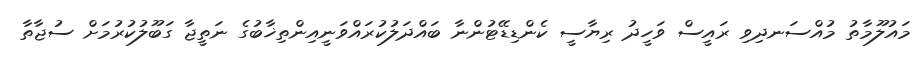
މައުލޫމާތު މުއްސަނދިވި ރައީސް ވަހީދު ރިޔާސީ ކެންޑިޑޭޓުންނާ ބައްދަލުކުރައްވަނީއިންތިޚާބުގެ ނަތީޖާ ގަބޫލުކުރުމަށް ސުޖާތާ